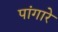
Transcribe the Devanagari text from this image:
पांगारे